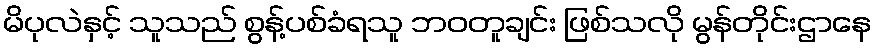
မိပုလဲနှင့် သူသည် စွန့်ပစ်ခံရသူ ဘဝတူချင်း ဖြစ်သလို မွန်တိုင်းဌာနေ